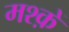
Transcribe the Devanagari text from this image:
मश्क़ें